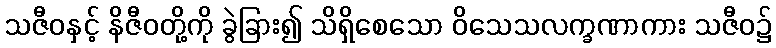
သဇီဝနှင့် နိဇီဝတို့ကို ခွဲခြား၍ သိရှိစေသော ဝိသေသလက္ခဏာကား သဇီဝ၌